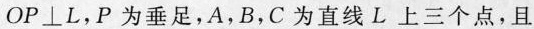
$$OP\bot L$$，P为垂足，A.B，C为直线L上三个点，且